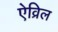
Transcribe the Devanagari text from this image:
ऐव्रिल